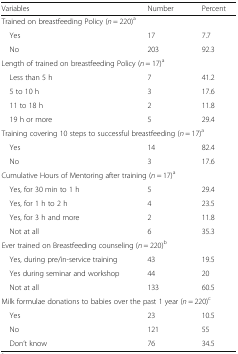
| Variables | Number | Percent |
 | --- | --- | --- |
 | <COLSPAN=3> Trained on breastfeeding Policy (n = 220)a |
 | Yes | 17 | 7.7 |
 | No | 203 | 92.3 |
 | <COLSPAN=3> Length of trained on breastfeeding Policy (n = 17)a |
 | Less than 5 h | 7 | 41.2 |
 | 5 to 10 h | 3 | 17.6 |
 | 11 to 18 h | 2 | 11.8 |
 | 19 h or more | 5 | 29.4 |
 | <COLSPAN=3> Training covering 10 steps to successful breastfeeding (n = 17)a |
 | Yes | 14 | 82.4 |
 | No | 3 | 17.6 |
 | <COLSPAN=3> Cumulative Hours of Mentoring after training (n = 17)a |
 | Yes, for 30 min to 1 h | 5 | 29.4 |
 | Yes, for 1 h to 2 h | 4 | 23.5 |
 | Yes, for 3 h and more | 2 | 11.8 |
 | Not at all | 6 | 35.3 |
 | <COLSPAN=3> Ever trained on Breastfeeding counseling (n = 220)b |
 | Yes, during pre/in-service training | 43 | 19.5 |
 | Yes during seminar and workshop | 44 | 20 |
 | Not at all | 133 | 60.5 |
 | <COLSPAN=3> Milk formulae donations to babies over the past 1 year (n = 220)c |
 | Yes | 23 | 10.5 |
 | No | 121 | 55 |
 | Don’t know | 76 | 34.5 |